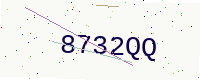
Text: 8732QQ